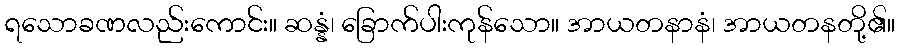
ရသောခဏလည်းကောင်း။ ဆန္နံ၊ ခြောက်ပါးကုန်သော။ အာယတနာနံ၊ အာယတနတို့၏။